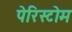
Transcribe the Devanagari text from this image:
पेरिस्टोम